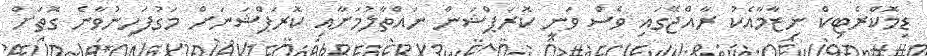
ޑިމޮކްރެޓިކް ނިޒާމާއެކު ރާއްޖޭގައި ވެސް ވަނީ ކޮރަޕްޝަން ނައްތާލުމަށާއި ކޮރަޕްޝަނަށް މަގުފަހިނުވާނެ ގޮތަށް